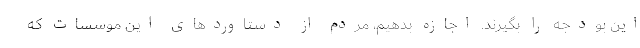
این بودجه را بگیرند. اجازه بدهیم، مردم از دستاوردهای این موسسات که